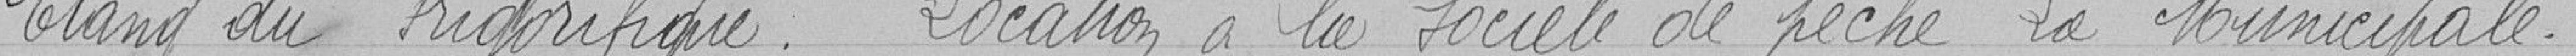
Etang du frigorifique.   Location à la société de pêche  La Municipale